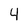
Character: 4